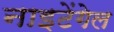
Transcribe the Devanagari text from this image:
नाइटेंगेल